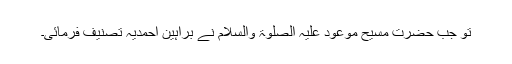
تو جب حضرت مسیح موعود علیہ الصلوٰۃ والسلام نے براہین احمدیہ تصنیف فرمائی۔